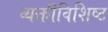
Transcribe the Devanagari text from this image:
व्यक्तीविशिष्ट